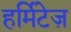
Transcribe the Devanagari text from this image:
हर्मिटेज़